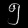
Digit: ၅